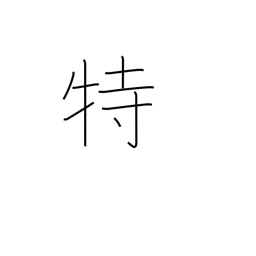
Meaning: special